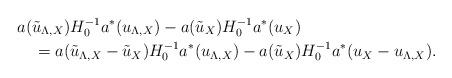
LaTeX: \begin{align*}&a(\tilde{u}_{\Lambda,X}) H_0^{-1} a^*(u_{\Lambda,X}) - a(\tilde{u}_{X}) H_0^{-1} a^*(u_X) \\ &\ \ \ = a(\tilde{u}_{\Lambda,X} - \tilde{u}_X) H_0^{-1} a^*(u_{\Lambda,X}) - a(\tilde{u}_X) H_0^{-1} a^*(u_X - u_{\Lambda,X}).\end{align*}